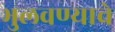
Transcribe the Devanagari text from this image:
भुलवण्याचे